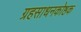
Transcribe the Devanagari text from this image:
ग्रहसाधनकोष्ठक